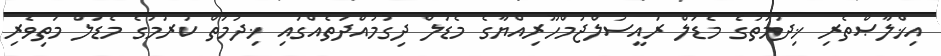
އިޚްލާޞްތެރި ޚިދުމަތުގެ މެޑަލް ރައީސުލްޖުމްހޫރިއްޔާގެ މެޑަލް ދިގުމުއްދަތެއްގައި ޚިދުމަތް ކުރުމުގެ މެޑަލް މަތިވެރި